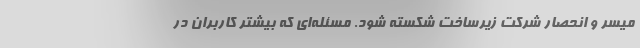
میسر و انحصار شرکت زیرساخت شکسته شود. مسئله‌ای که بیشتر کاربران در